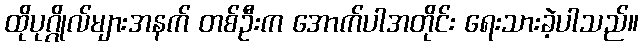
ထိုပုဂ္ဂိုလ်များအနက် တစ်ဦးက အောက်ပါအတိုင်း ရေးသားခဲ့ပါသည်။